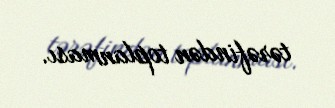
tərəfindən toplanması.